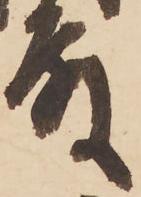
殿